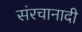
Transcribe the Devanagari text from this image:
संरचानादी